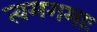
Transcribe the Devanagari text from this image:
त्वमगमाः